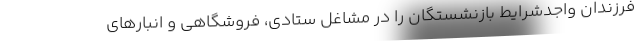
فرزندان واجدشرایط بازنشستگان را در مشاغل ستادی، فروشگاهی و انبارهای